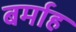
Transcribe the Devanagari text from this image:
बर्माह